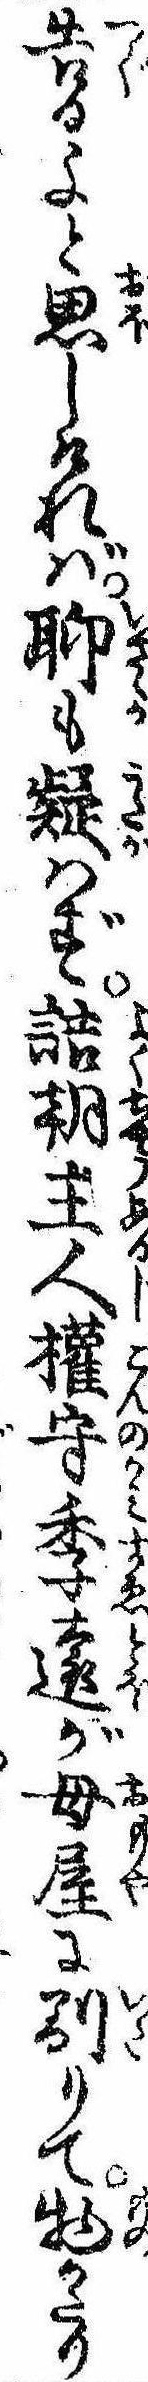
告るよと思しければ聊も疑はず詰朝主人権守季遠が母屋に到りて物かたり